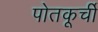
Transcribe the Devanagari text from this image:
पोतकूर्ची